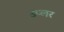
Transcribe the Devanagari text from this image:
उप्लर